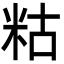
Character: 䊀